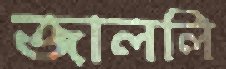
জাললি